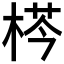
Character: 𣔁